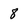
Character: 8